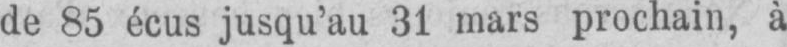
de 85 écus jusqu’au 31 mars prochain, à